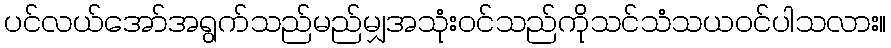
ပင်လယ်အော်အရွက်သည်မည်မျှအသုံးဝင်သည်ကိုသင်သံသယဝင်ပါသလား။